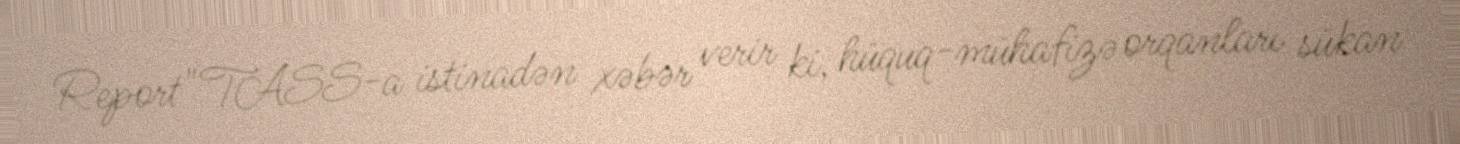
Report" TASS-a istinadən xəbər verir ki, hüquq-mühafizə orqanları sükan